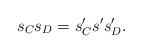
LaTeX: \begin{align*} s_Cs_D=s_C's 's_D'. \end{align*}